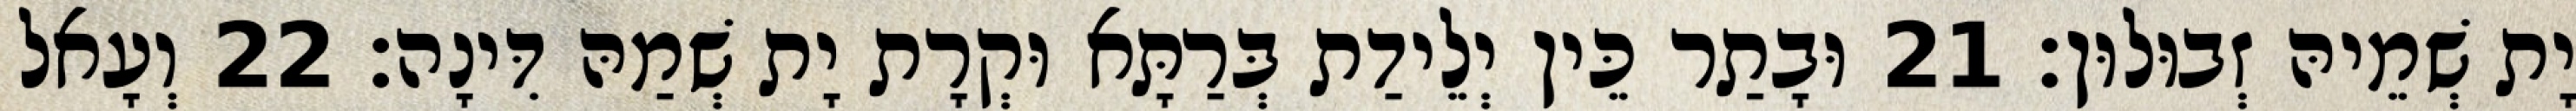
יָת שְׁמֵיהּ זְבוּלוּן׃ 21 וּבָתַר כֵּין יְלֵידַת בְּרַתָּא וּקְרָת יָת שְׁמַהּ דִּינָה׃ 22 וְעָאל